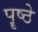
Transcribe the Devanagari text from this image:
पॄष्ठे